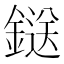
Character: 鎹